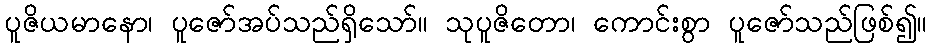
ပူဇိယမာနော၊ ပူဇော်အပ်သည်ရှိသော်။ သုပူဇိတော၊ ကောင်းစွာ ပူဇော်သည်ဖြစ်၍။